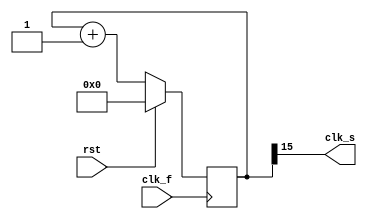
module counter_clk (
    input clk_f, rst,
    output clk_s
);

    reg [15:0] count ;

    always@(posedge clk_f) begin
	if (rst) begin
		count <= 20'h00000;
	end else begin
        	count <= count + 1;
	end
    end

    assign clk_s = count[15];

endmodule